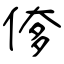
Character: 偧